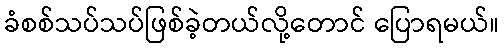
ခံစစ်သပ်သပ်ဖြစ်ခဲ့တယ်လို့တောင် ပြောရမယ်။